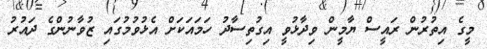
މީގެ އިތުރުން ރައީސް ޔާމީން ވިދާޅުވީ އިގުތިސާދު ހަމައަކަށް އެޅުވުމުގައި ޒުވާނުންގެ ދައުރު